Annual report on the health of the army in India
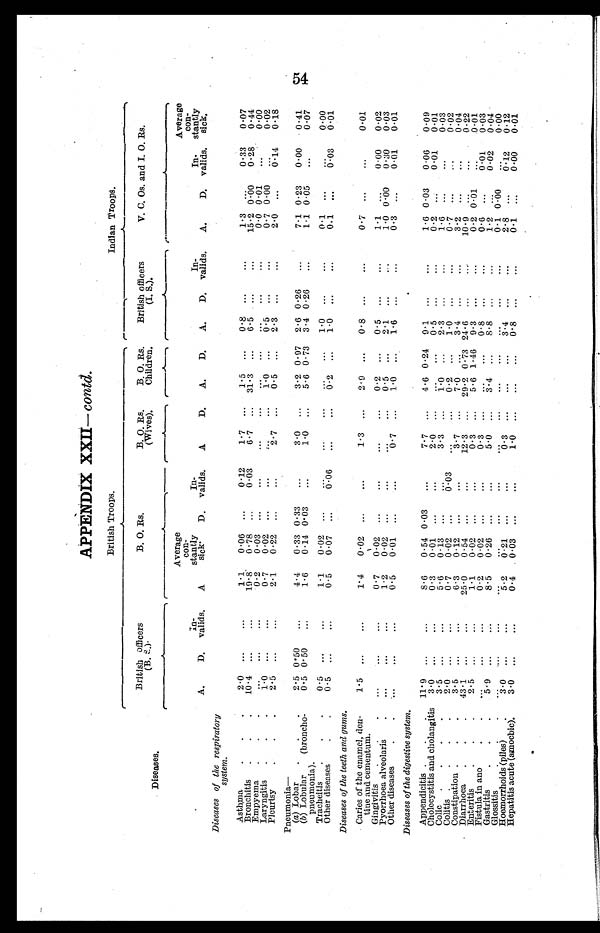
APPENDIX XXII- contd.
British Troops.
Indian Troops.
Diseases.
British officers
( B . S . ) .
B. 0. Rs.
r----.
B. 0. Rs.
(Wives).
B. 0. Rs.
Children.
-
British officers
(I. S.).
,
V. C. Os. and I. O. Rs.
Diseases of the respiratory
system.
A.
D.
In-
valids.
A
Average
con-
stantly
sick.
D.
In-
valids.
A
D.
A.
D.
A.
D.
In-
valids.
A.
D.
In-
valids.
Average
con-
stantly
sick.
A s t h m a . . .
2.0
...
...
1.1
0.06
...
0.12
1.7
...
1.5
...
0.8
...
...
1.3
...
0.33
0.07
Bronchitis
.
.
.
10.4
...
...
19.8.
0 . 78
...
0.03
6.7
...
31 . 3
...
6.5
...
...
15.2 0 ..00
0.28
0.44
Empyema
.
.
.
...
...
...
0.2
0.03
. . .
...
...
...
...
...
...
...
0.0 0 . 01
...
0.00
Laryngitis.
.
.
1.0
...
...
0.7
0.02
...
...
...
...
1.0
...
0.5
...
...
0.7 0 . 00
...
0.02
P l e u r i s y . . .
2.5
...
...
2.1
0.22
...
...
2.7
...
0.5
...
2.3
...
2.0
...
0.14
0.18
Pneumonia-
(a) Lobar
.
.
.
2.5 0.50
...
4.4
0.33 0 . 33
. . .
3.0
...
3.2 0 . 97
2 . 6 0 . 26
...
7.1
0 . 23
0.00
0.41
(b) Lobular
(broncho-
pneumonia).
0.5 0 . 50
...
1.6
0.14 0 . 03
...
1.0
...
5.6 0 . 73
3 . 4 0 . 26
...
1 1 0 . 05
...
0.07
Tracheitis
.
0.5
...
...
1.1
0.02
...
...
...
...
1.0
...
...
0.1
...
0.00
Other diseases
.
.
0.5
...
...
0.5
0.07
...
6-.06
...
...
0.2
...
1.0
...
...
0.1
...
b":03
0.01
Diseases of the teeth and gums.
Caries of the enamel, den-
tine and cementum.
1.5
...
...
1.4
0.02
...
...
1.3
...
2.9
...
0 . 8
...
. . .
0.7
...
...
0.01
Gingivitis..
...
...
...
0.7
0.02
...
...
...
...
0.2
...
0.5
...
1.1
...
0.00
0.02
Pyorrhoea alveolar's. .
...
...
...
1.2
0.02
...
...
...
0.5
...
2 1
...
. . .
1.0 0 . 00
0.30
0.03
Other diseases
...
...
...
0.5
0.01
...
...
0.7
...
1.0 ...
1.6
...
...
0.3
...
0.01
0.01
Diseases of the digestive system.
•
Appendicitis .
.
.
11.9
...
...
8.6
0.54 0 . 03
...
7.7
...
4.6 0 . 24
9 . 1
...
...
1.6 0.03
0.06
0.09
Cholecystitis and cholangitis
3 . 0
...
...
0.3
0.01
...
...
2.0
... ...
...
0.5
...
...
0.2
...
0.01
0.01
Colic.
.
.
.
3.5
...
...
5.6
0.13
...
...
3.3
...
1.0
...
2.3
...
...
1.6
...
...
0.03
Colitis.
.
.
.
2.0
...
...
0.7
0.02
...
0.03
...
...
0.2
...
1.0
...
...
0.7
...
...
0.02
Constipation . . .
3.5
...
...
6.3
0.12
...
...
3.7
...
7.0
...
3.4
...
...
3.2
...
...
0.04
Diarrhoea
.
.
.
43.1
...
...
25 . 0
0.54
...
...
12.3
...
29 . 2 0 . 73 24 . 6
...
...
10.9
...
...
0.22
Enteritis
.
.
.
2.5
...
...
1.1
0.02 ...
...
0.3
...
5.6 1.46
9 . 3
...
...
0.2 0.01
...
0.01
Fistula in ano
.
.
...
...
...
0.2
0.02
...
...
0.3
. . . ...
...
0.8
...
...
0.6
...
0.01
0.03
Gastritis. . .
5.9
...
...
8.5
0.26
...
...
5.0
...
3.4 ...
8.8
...
...
1.2
...
0.02
0.04
Glossitis
.
.
.
...
....
...
...
...
...
...
...
...
...
...
...
...
...
0.1
0.00
. . .
0.00
Hoemorrhoids (piles)
.
3.0
...
...
5. 2
0.21
...
...
0.3
...
...
... 3.4
...
...
2.8
...
0.12
0.12
Hepatitis acute (amoebic).
3.0
...
...
0.4
0.03
...
...
1.0
...
...
...
0.8
...
...
0.1
...
0.00
0.01
54